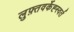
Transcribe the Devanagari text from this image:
लुफ़्तवर्केह्स्वर्त